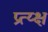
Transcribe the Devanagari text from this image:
प्रत्य्क्ष